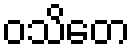
ဝသိတေ